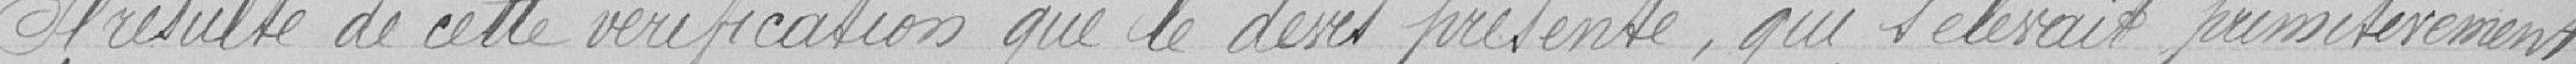
Résulte de cette vérification que le devis présenté, qui s'élevait primitivement